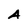
Character: A